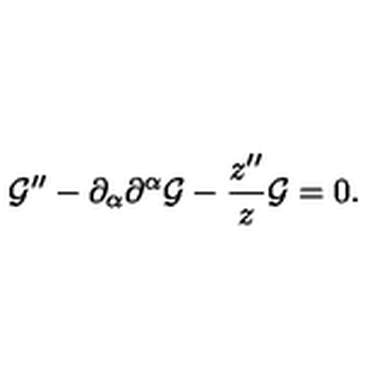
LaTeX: { \cal G } ^ { \prime \prime } - \partial _ { \alpha } \partial ^ { \alpha } { \cal G } - \frac { z ^ { \prime \prime } } { z } { \cal G } = 0 .